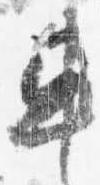
車